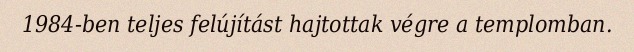
1984-ben teljes felújítást hajtottak végre a templomban.